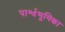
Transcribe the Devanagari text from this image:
पार्श्वभूमिका